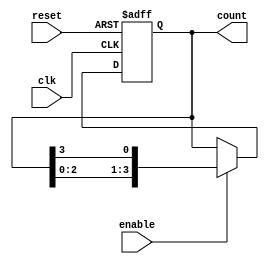
module Johnson_Counter (
  input wire clk,
  input wire reset,
  input wire enable,
  output reg [3:0] count
);

reg [3:0] q;

always @(posedge clk or posedge reset) begin
  if (reset) begin
    q <= 4'b0001;
  end else if (enable) begin
    q <= {q[2:0], q[3]};
  end
end

assign count = q;

endmodule